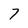
Character: 7